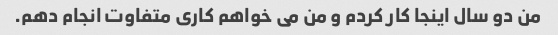
من دو سال اینجا کار کردم و من می خواهم کاری متفاوت انجام دهم.